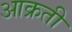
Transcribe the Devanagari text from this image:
आक्रती